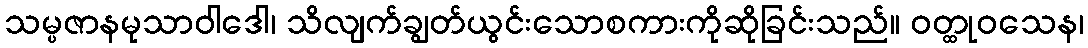
သမ္ပဇာနမုသာဝါဒေါ၊ သိလျက်ချွတ်ယွင်းသောစကားကိုဆိုခြင်းသည်။ ဝတ္ထုဝသေန၊